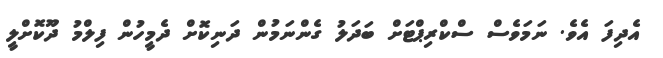
އެދިފަ އެވެ. ނަމަވެސް ސްކްރިޕްޓަށް ބަދަލު ގެންނަމުން ދަނިކޮށް ދެމީހުން ފިލްމު ދޫކޮށްލީ